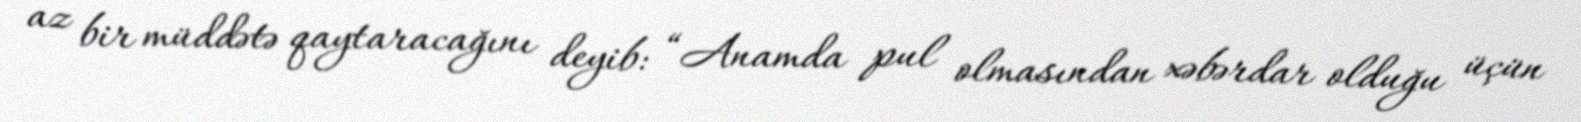
az bir müddətə qaytaracağını deyib: “Anamda pul olmasından xəbərdar olduğu üçün